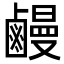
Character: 𪉽